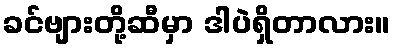
ခင်ဗျားတို့ဆီမှာ ဒါပဲရှိတာလား။